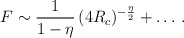
\begin{align*} F\sim \frac{1}{1-\eta}\, (4R_c)^{-{\frac{\eta}{2}}}+\ldots\, .\end{align*}